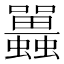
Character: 𧕛